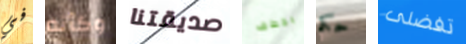
في وكأنه صديقتنا بخطف حكم تفضلى